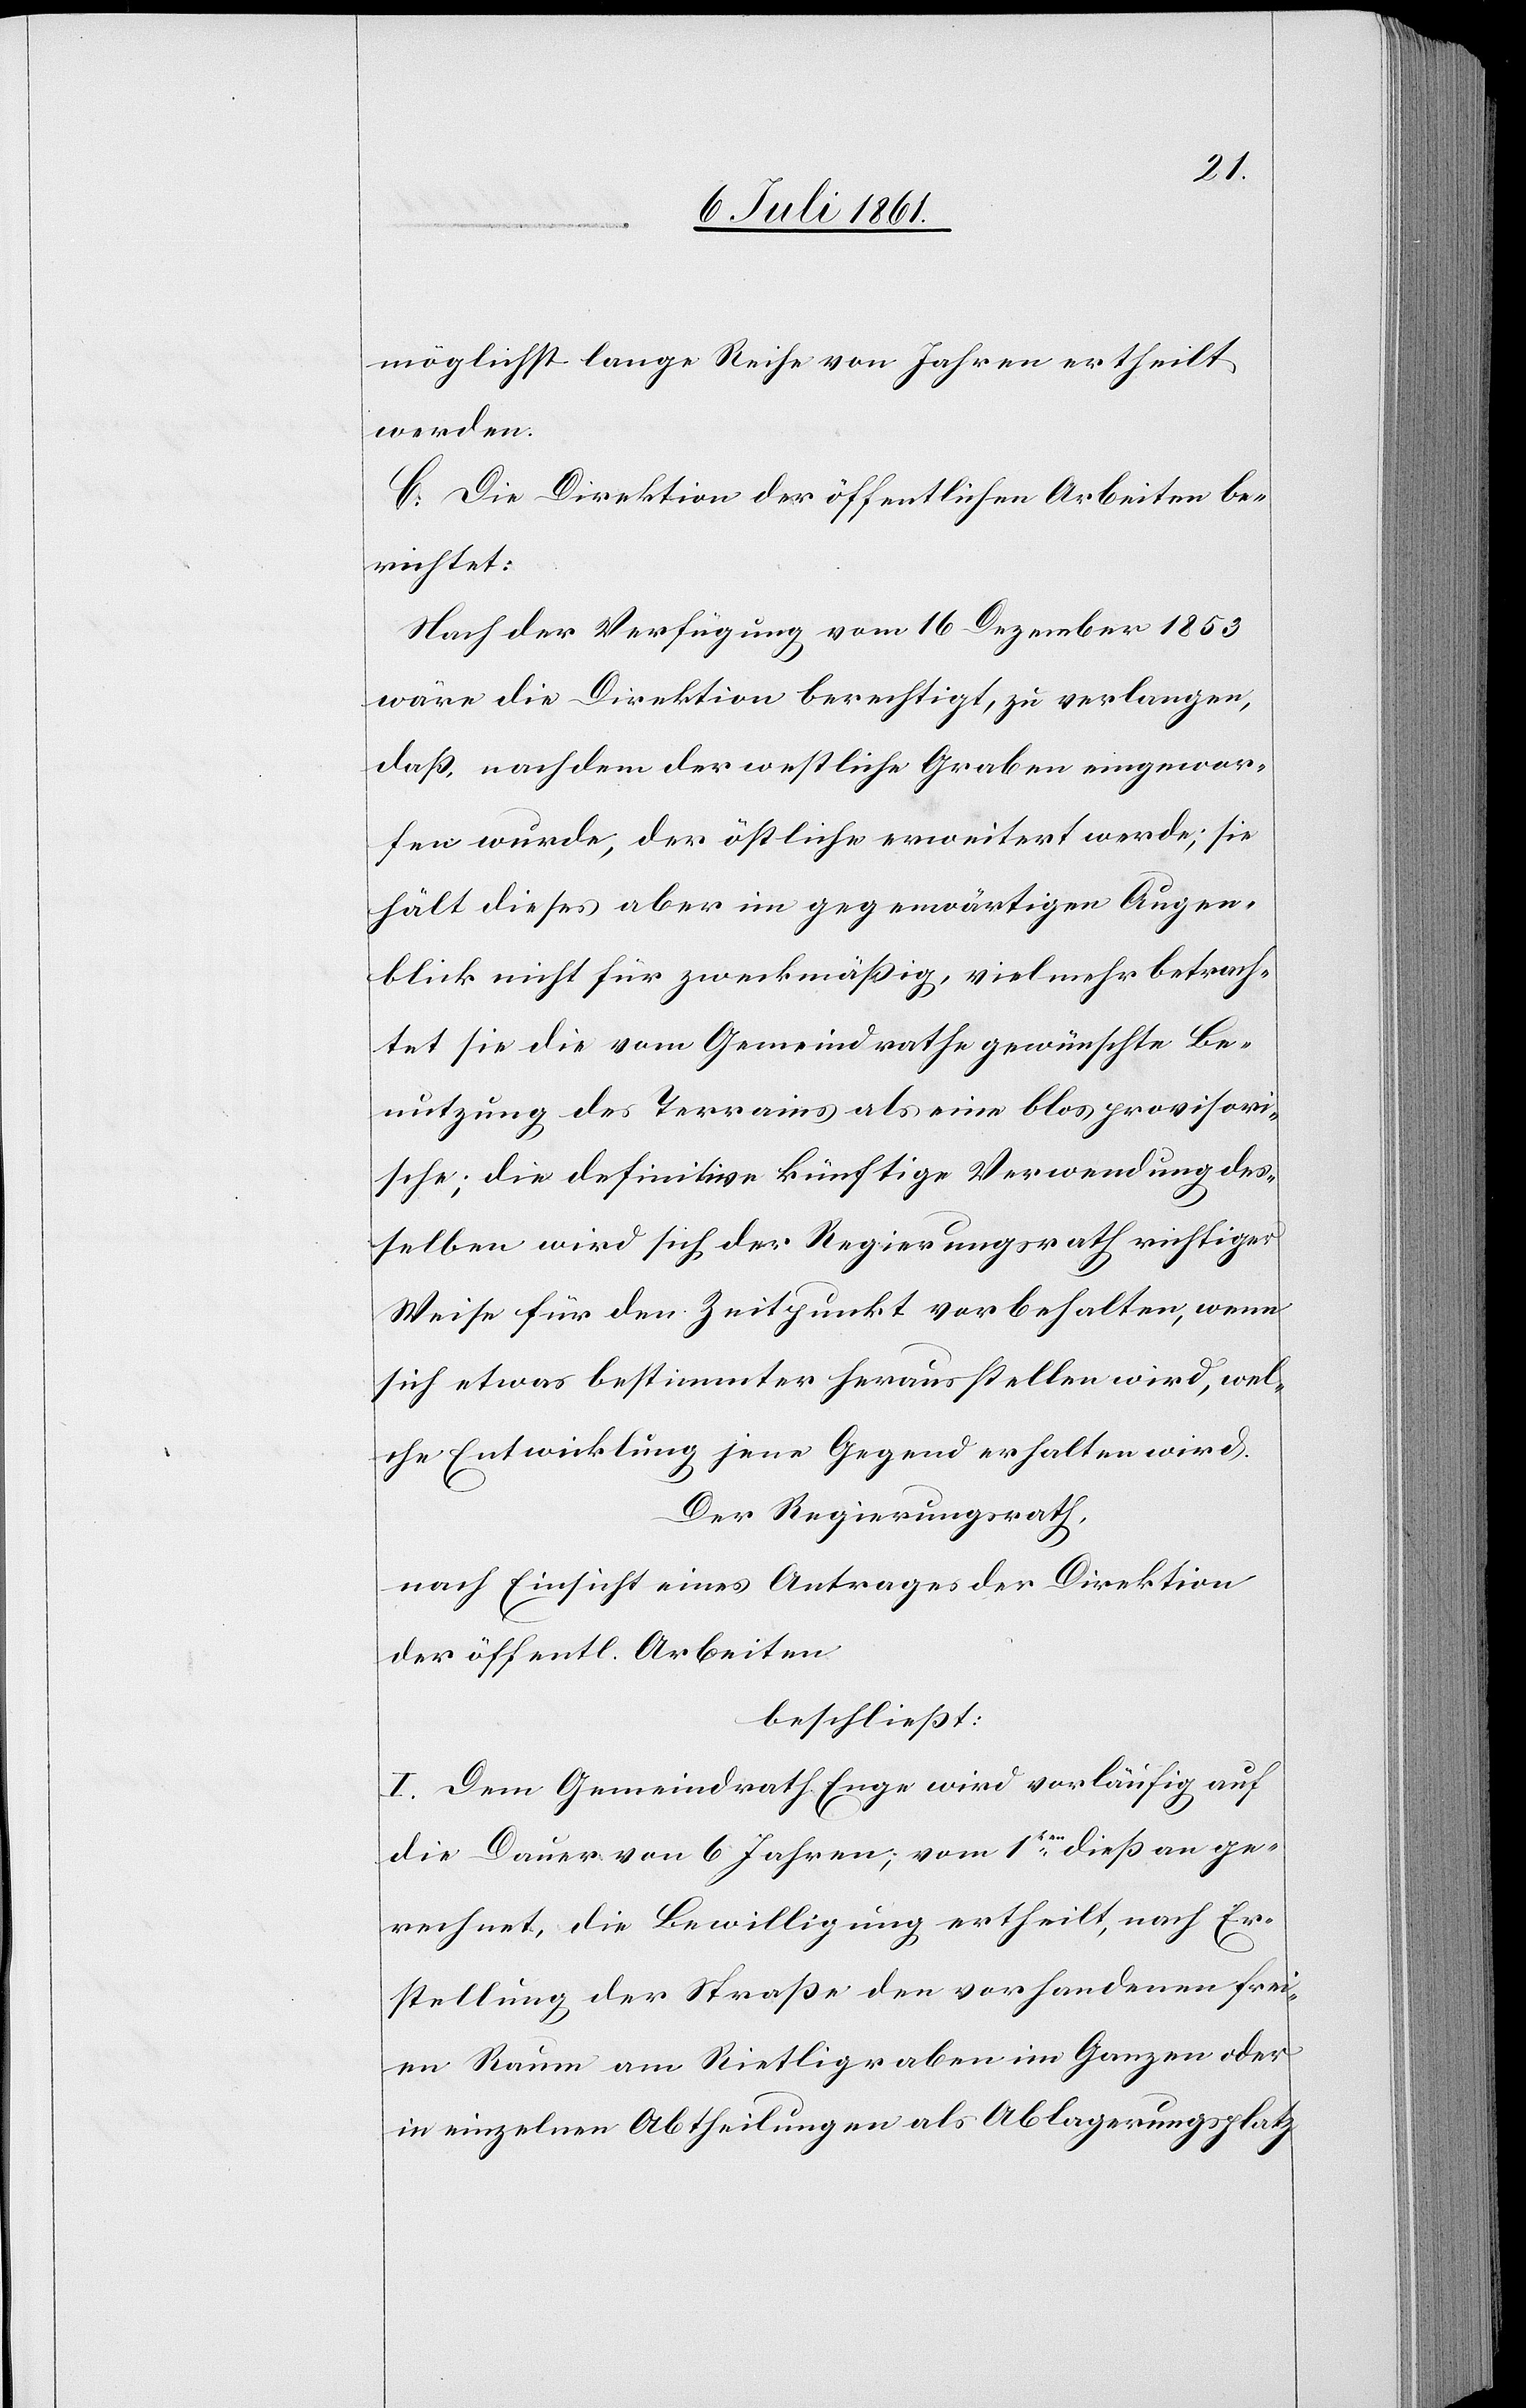
möglichst lange Reihe von Jahren ertheilt
werden.
C. Die Direktion der öffentlichen Arbeiten be¬
richtet:
Nach der Verfügung vom 16 Dezember 1853
wäre die Direktion berechtigt, zu verlangen,
daß, nachdem der westliche Graben eingewor¬
fen wurde, der östliche erweitert werde, sie
hält dieses aber im gegenwärtigen Augen¬
blick nicht für zweckmäßig, vielmehr betrach¬
tet sie die vom Gemeindrathe gewünschte Be¬
nutzung des Terrains als eine blos provisori¬
sche; die definitive künftige Verwendung des¬
selben wird sich der Regierungsrath richtiger
Weise für den Zeitpunkt vorbehalten, wenn
sich etwas bestimmter herausstellen wird, wel¬
che Entwicklung jene Gegend erhalten wird.
Der Regierungsrath,
nach Einsicht eines Antrages der Direktion
der öffentl. Arbeiten,
beschließt:
I. Dem Gemeindrathe Enge wird vorläufig auf
die Dauer von 6 Jahren, vom 1ten dieß an ge¬
rechnet, die Bewilligung ertheilt, nach Er¬
stellung der Straße den vorhandenen frei¬
en Raum am Rietligraben im Ganzen oder
in einzelnen Abtheilungen als Ablagerungsplatz